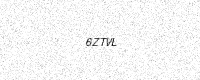
Text: 6ZTVL